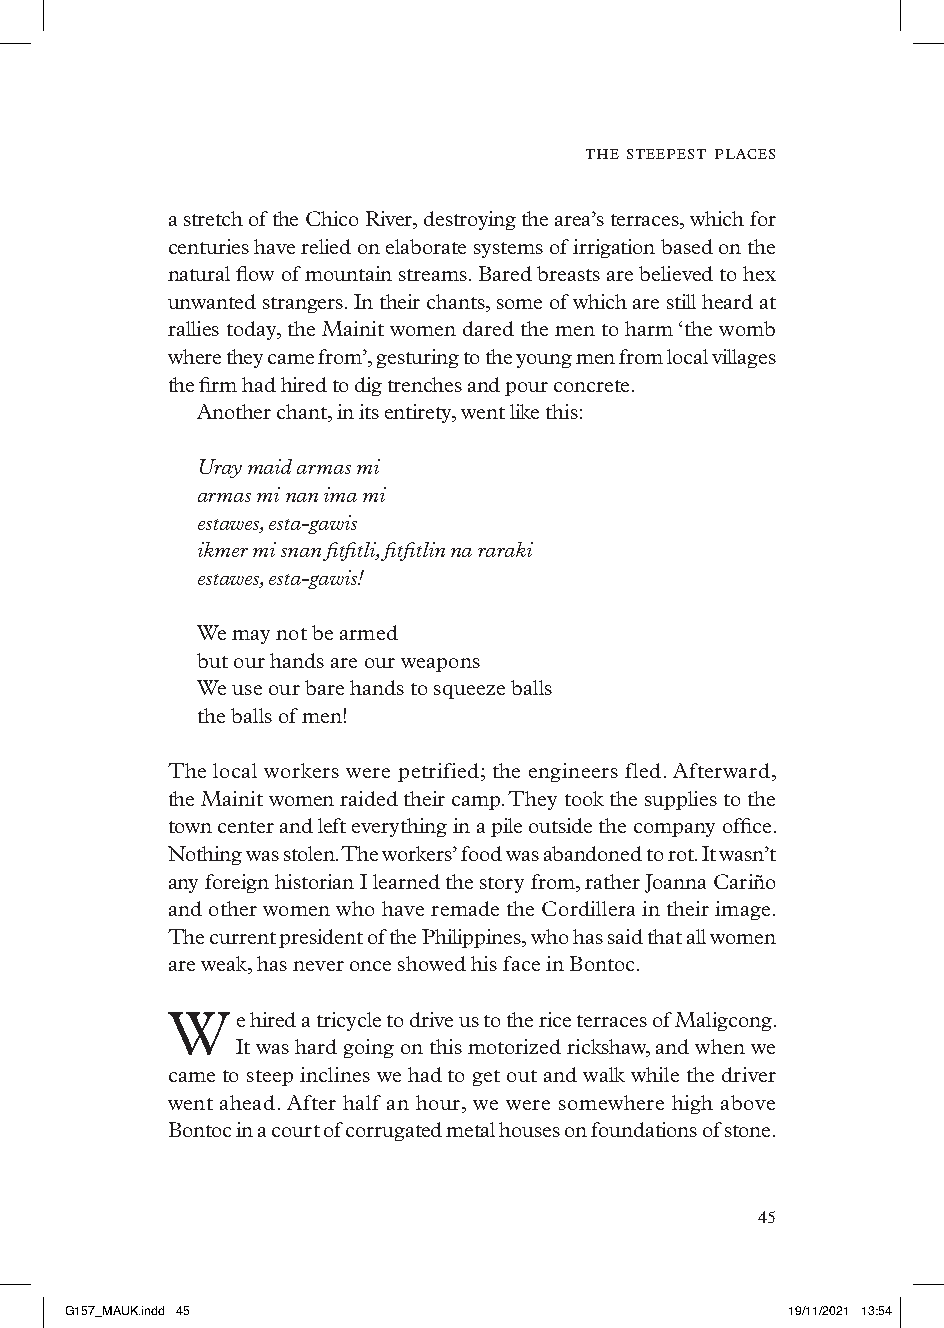
the steepest places
 a stretch of the Chico River, destroying the area’s terraces, which for
 centuries have relied on elaborate systems of irrigation based on the
 natural flow of mountain streams. Bared breasts are believed to hex
 unwanted strangers. In their chants, some of which are still heard at
 rallies today, the Mainit women dared the men to harm ‘the womb
 where they came from’, gesturing to the young men from local villages
 the firm had hired to dig trenches and pour concrete.
 Another chant, in its entirety, went like this:
 Uray maid armas mi
 armas mi nan ima mi
 estawes, esta-gawis
 ikmer mi snan fitfitli, fitfitlin na raraki
 estawes, esta-gawis!
 We may not be armed
 but our hands are our weapons
 We use our bare hands to squeeze balls
 the balls of men!
 The local workers were petrified; the engineers fled. Afterward,
 the Mainit women raided their camp. They took the supplies to the
 town center and left everything in a pile outside the company office.
 Nothing was stolen. The workers’ food was abandoned to rot. It wasn’t
 any foreign historian I learned the story from, rather Joanna Cariño
 and other women who have remade the Cordillera in their image.
 The current president of the Philippines, who has said that all women
 are weak, has never once showed his face in Bontoc.
 We    hired a tricycle to drive us to the rice terraces of Maligcong.
 It was hard going on this motorized rickshaw, and when we
 came to steep inclines we had to get out and walk while the driver
 went ahead. After half an hour, we were somewhere high above
 Bontoc in a court of corrugated metal houses on foundations of stone.
 
 GG115577__MMAAUUKK..iinndddd 4455               1199//1111//22002211 1133::5544